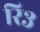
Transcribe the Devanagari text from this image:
रि३